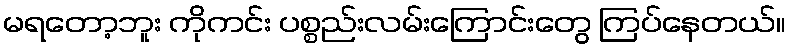
မရတော့ဘူး ကိုကင်း ပစ္စည်းလမ်းကြောင်းတွေ ကြပ်နေတယ်။